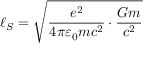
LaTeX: \ell _ { S } = { \sqrt { { \frac { e ^ { 2 } } { 4 \pi \varepsilon _ { 0 } m c ^ { 2 } } } \cdot { \frac { G m } { c ^ { 2 } } } } }